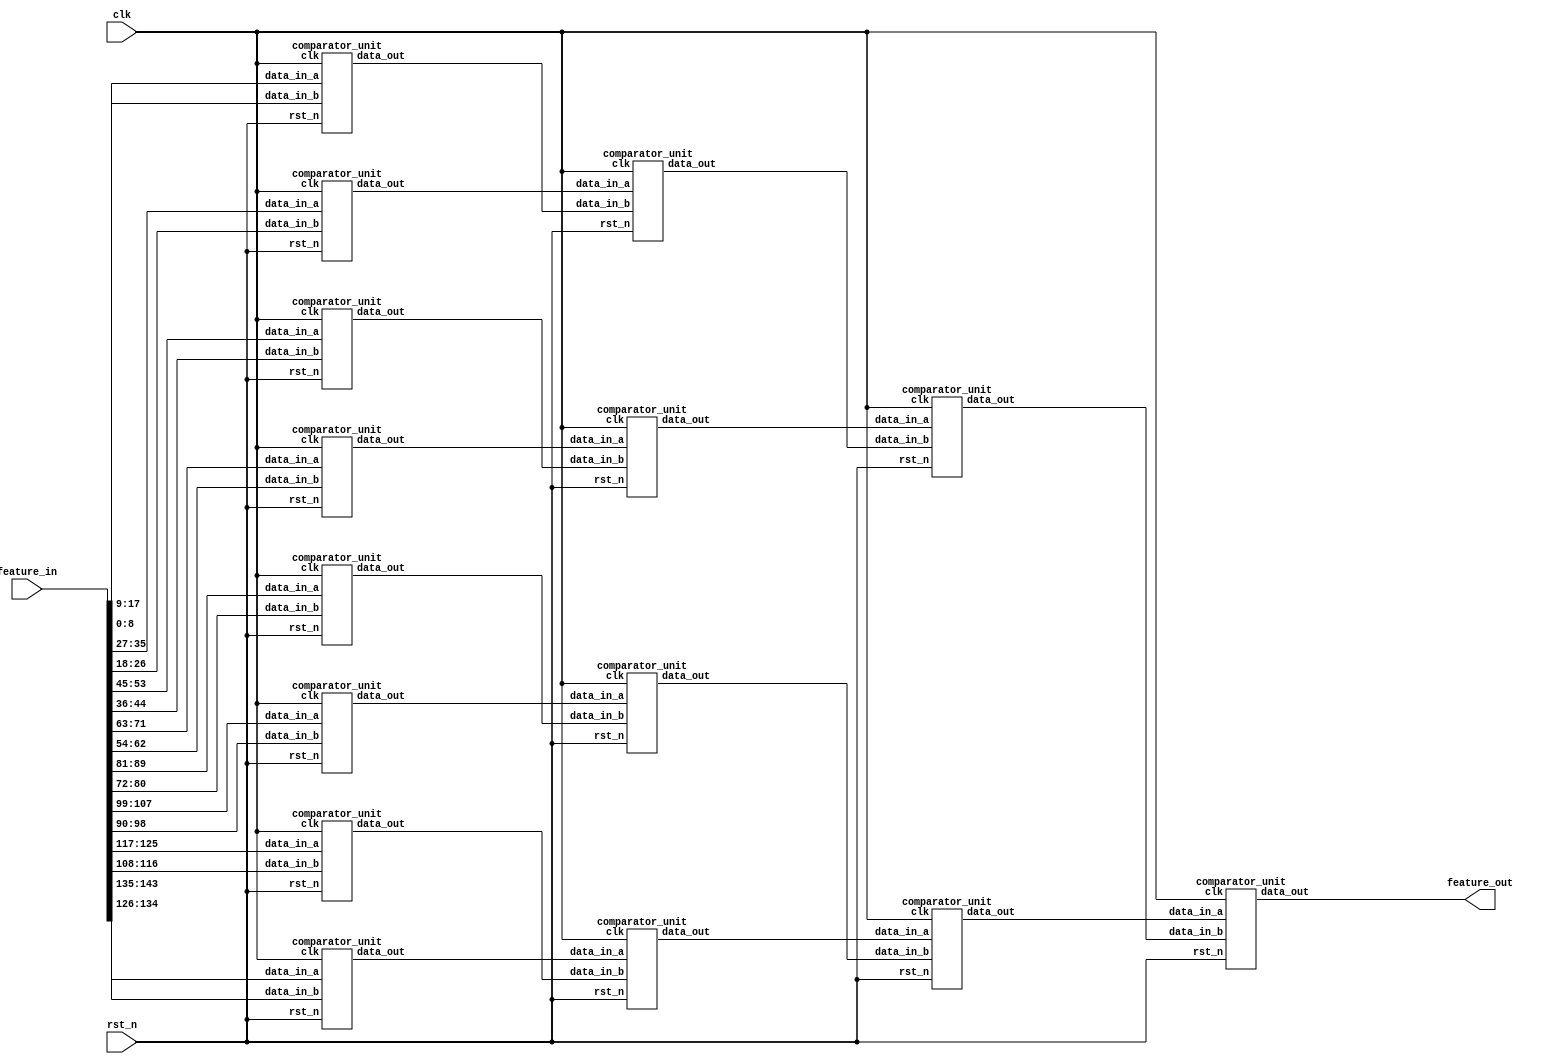
module pooling(clk,rst_n,feature_in,feature_out
);
input clk;
input rst_n;
input [16*9-1:0]feature_in;
output[8:0]feature_out;

wire[8:0] comparator_wire[30:0];


assign feature_out = comparator_wire[0];
genvar i;

generate
    for(i=0;i<16;i=i+1)begin:comparator_wire_shift
        assign comparator_wire[i+15] = feature_in[i*9+8:i*9];
    end
endgenerate


generate
    for(i=30;i>=1;i=i-2) begin:comparator_module
        comparator_unit my_comparator(
                           .clk(clk),
                           .rst_n(rst_n),
                           .data_in_a(comparator_wire[i]),
                           .data_in_b(comparator_wire[i-1]),
                           .data_out(comparator_wire[(i/2)-1])
                           );
    
    end
endgenerate

endmodule


module comparator_unit(clk,rst_n,data_in_a,data_in_b,data_out);

input clk;
input rst_n;
input [8:0]data_in_a;
input [8:0]data_in_b;
output reg [8:0]data_out;

always @(posedge clk or negedge rst_n)
    begin
       if(!rst_n)
           data_out <= 9'b0;
       else
           data_out <= (data_in_a >= data_in_b)?data_in_a:data_in_b;
    end
endmodule